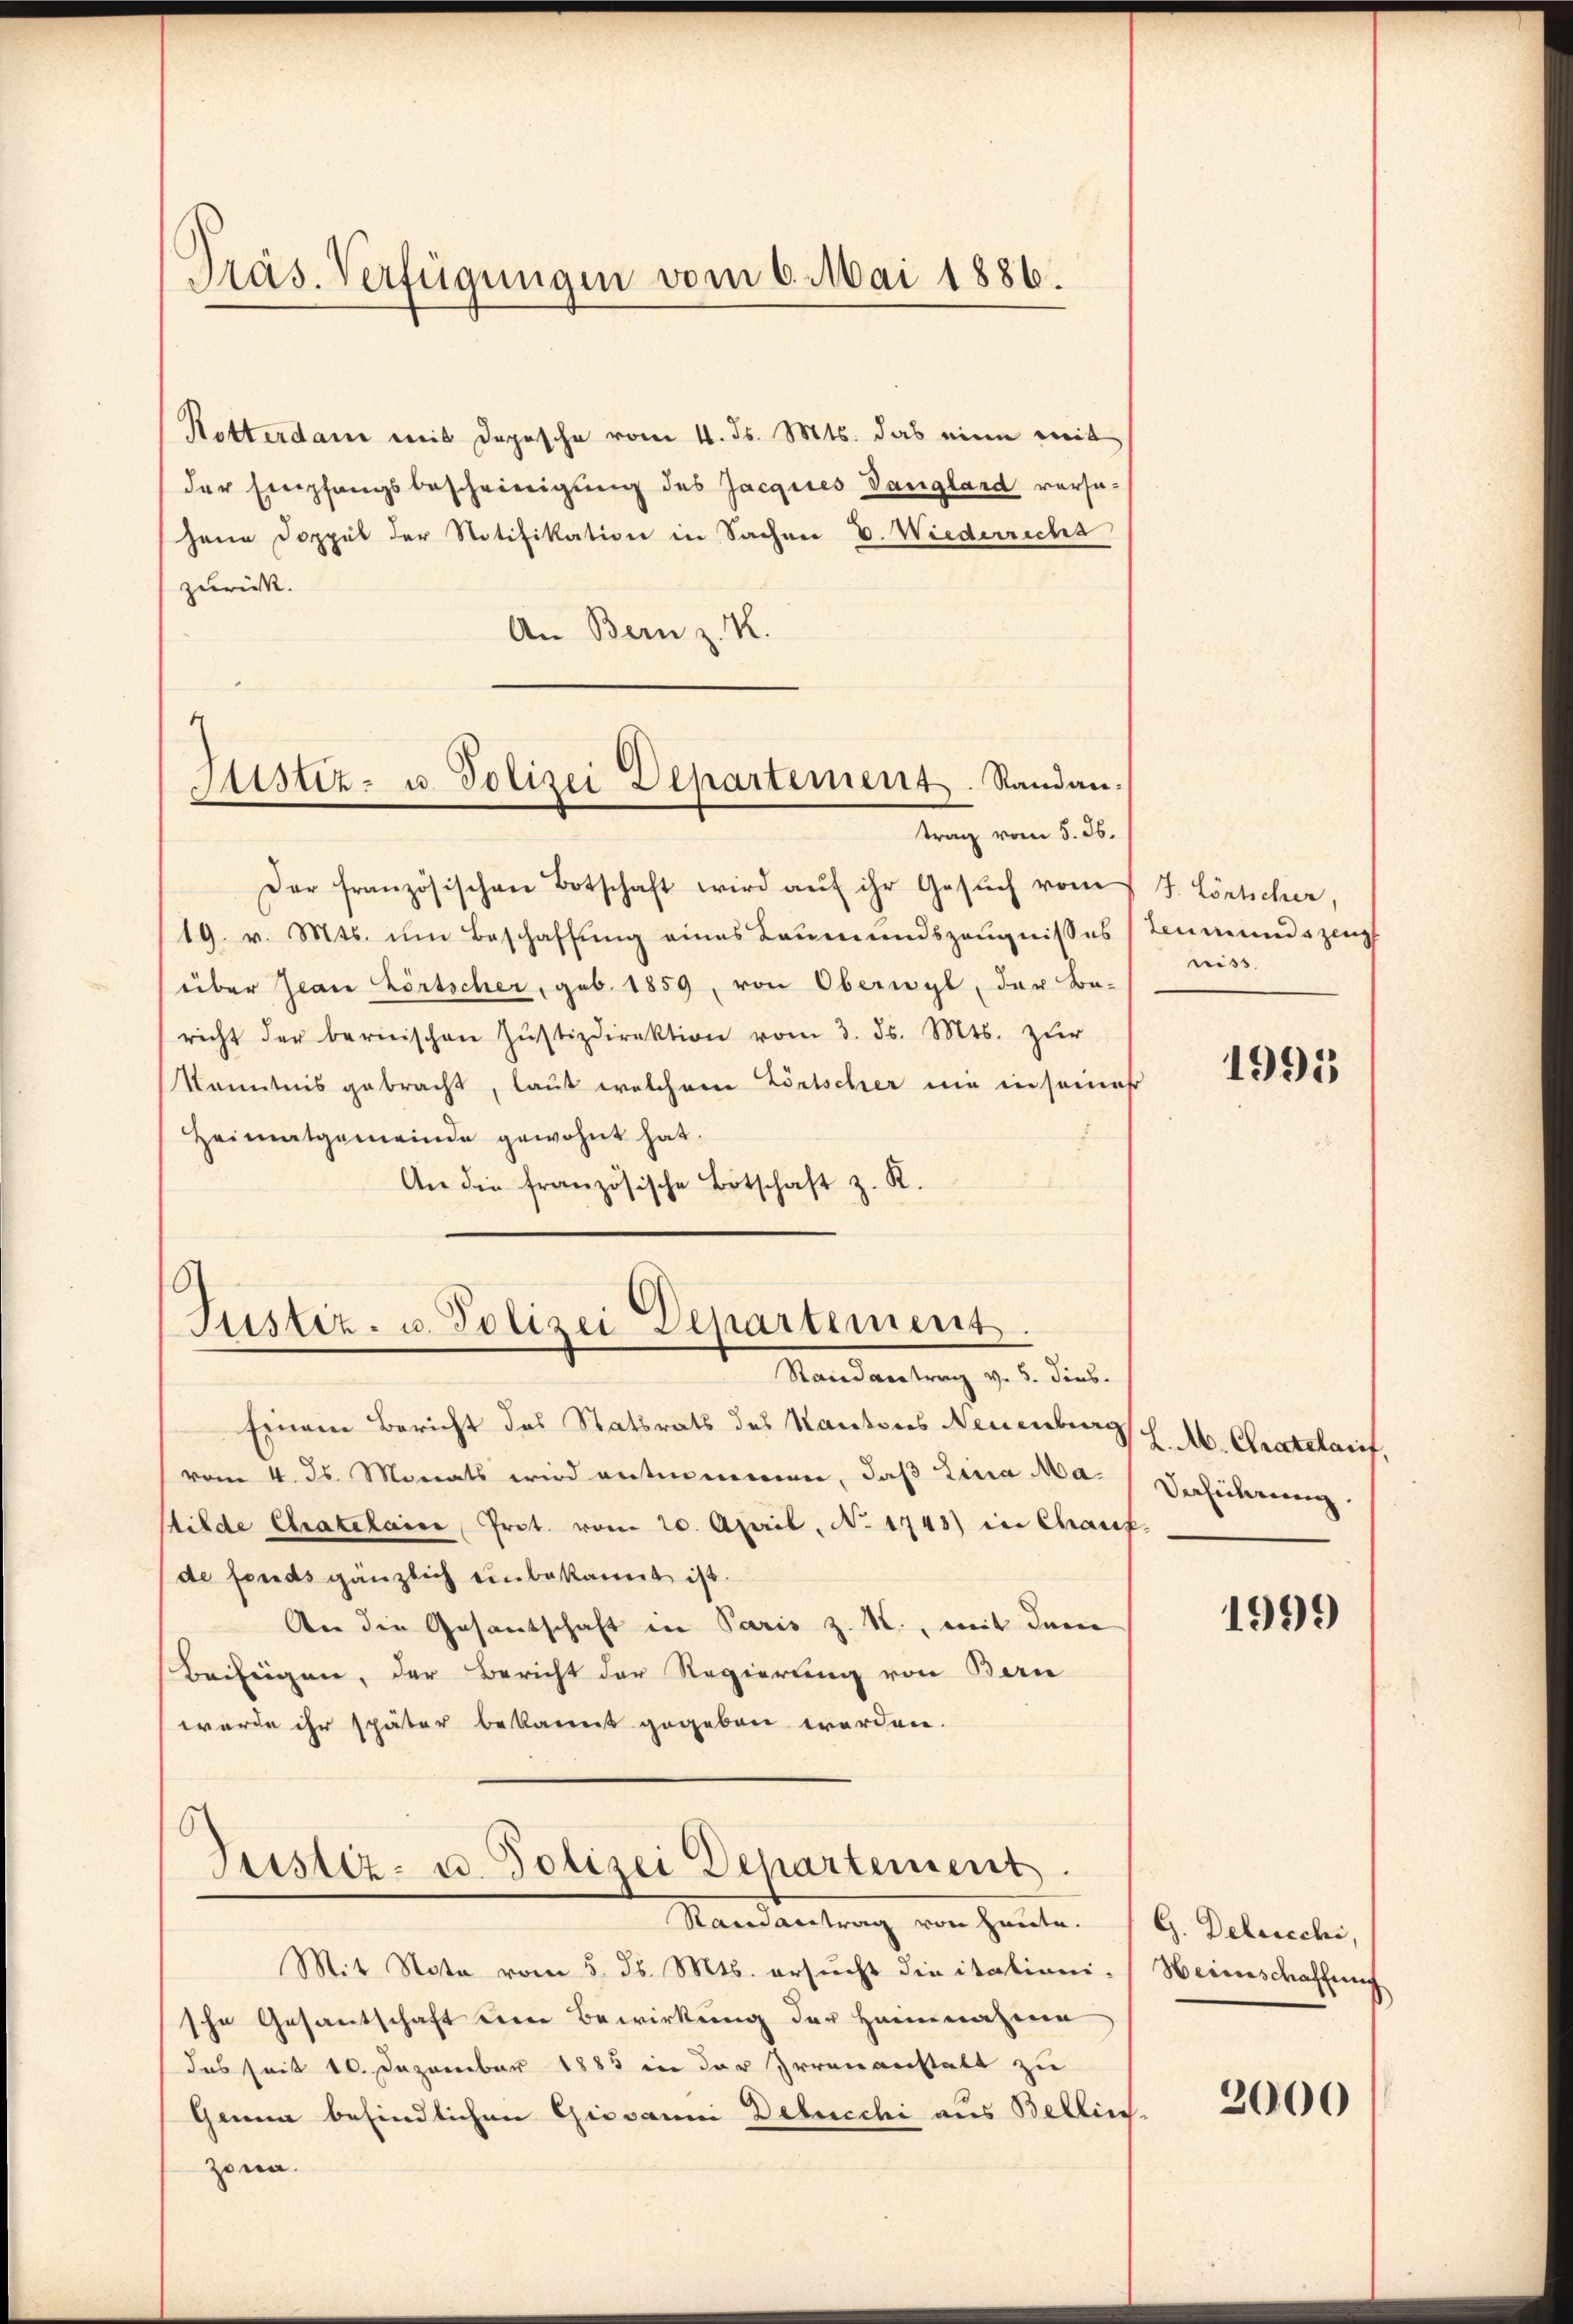
Präs. Verfügungen vom 6. Mai 1886.

Rotterdam mit Depesche vom 4. ds. Mts. das eine mit
der Empfangsbescheinigung des Jacques Dangland versujene Doppel der Notifikation in Sachen V. Wiederrichs
zurück.
An Bern z. K.

.
Sistiz- u. Polizei Departement. Randan-
trag vom 5. d.

Der französischen Botschaft wird aŭf ihr Gesŭch vom J. Lörtcher
19. v. Mts. um Beschaffung eines Leumundszeugnisses (Leumundszeug
über Jean Lörtscher, geb. 1859, von Oberwyl, der Be-
richt der bernischen Jŭstizdirektion vom 3. ds. Mts. zŭr
Kenntnis gebracht, laut welchem Zörtscher nie in seines
Heimatgemeinde gewohnt hat.
An die französische Botschaft z. R.

Justiz- u. Polizei Departement

Mandantrag v. 2. d.
Einem Bericht des Statsrats des Kantons Neuenburg
vom 4. ds. Monats wird entnommen, daß Lina Ma¬
Hilde Chatelain Prot. vom 20. April, No 1748) in Chauf-
de fonds gänzlich einbekannt ist.
An die Gesantschaft in Paris z. B., mit dem
Beifügen, der Bericht der Regierung von Bern
werde ihr später bekannt gegeben werden.

Justiz- u. Polizei Departement.
Randantrag von heute.

niss

1995

L.M. Chratelarf,
Verführung.

Mit Nota vom 5. d. Mts. ersucht die italiani-Heimschaffung
sche Gesantschaft deine Bewirkung der Heimnahme
das seit 10. Dezember 1885 in der Irrenanstatt zu
Ganna befindlichen Giovanni Debucchi aus Bellin
zona.

1999

G. Delecchi,

2000